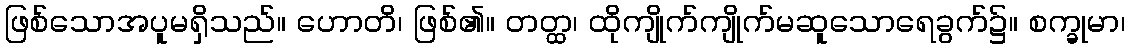
ဖြစ်သောအပူမရှိသည်။ ဟောတိ၊ ဖြစ်၏။ တတ္ထ၊ ထိုကျိုက်ကျိုက်မဆူသောရေခွက်၌။ စက္ခုမာ၊